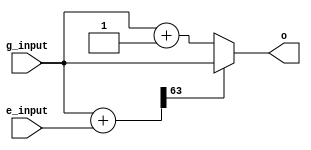
`timescale 1ns / 1ps
module relu(
    input [63:0] g_input, //mask
    input [63:0] e_input, //masked step input
    output [63:0] o
    );
    wire [63:0] unmasked;
    assign unmasked = g_input + e_input; // "unmask" input
    assign o = (unmasked[63] == 0)? g_input + 1 : g_input;   //if the sign bit is high, send masked zero on the output else send masked one
endmodule